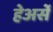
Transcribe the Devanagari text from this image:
हेअर्से